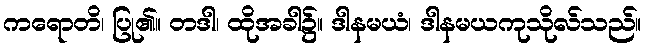
ကရောတိ၊ ပြု၏။ တဒါ၊ ထိုအခါ၌။ ဒါနမယံ၊ ဒါနမယကုသိုလ်သည်။